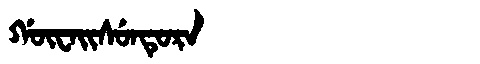
Manchu: ᡤᡡᠸᠠᡳᠰᡠᠨᡨᡠᡵᠠ
Romanization: GŪWAISUNTURA